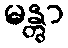
မန္တွာ